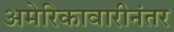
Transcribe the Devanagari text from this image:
अमेरिकावारीनंतर